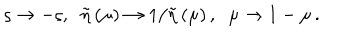
LaTeX: \varsigma \rightarrow - \varsigma , { \LARGE \ \; } \tilde { \eta } \left( \mu \right) \rightarrow 1 / \tilde { \eta } \left( \mu \right) , \; \; \mu \rightarrow 1 - \mu \, .